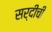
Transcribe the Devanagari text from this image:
सर्दीची